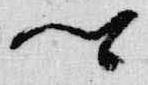
卿